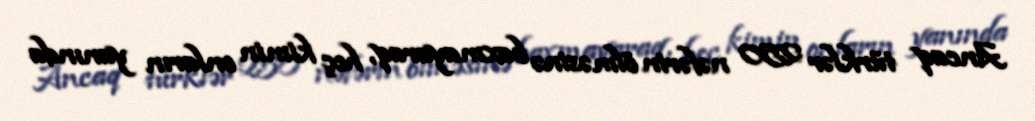
Ancaq türklər 250 nəfərin ölməsinə baxmayaraq, heç kimin onların yanında